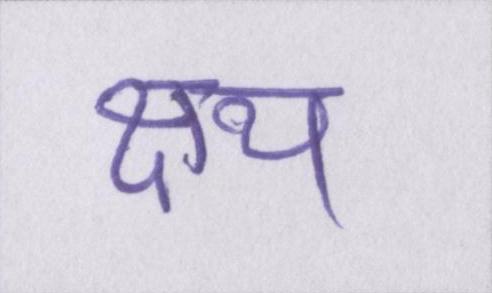
क्षय